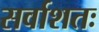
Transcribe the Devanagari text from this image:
सर्वाशतः